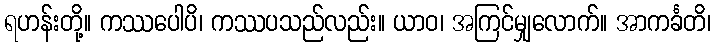
ရဟန်းတို့။ ကဿပေါပိ၊ ကဿပသည်လည်း။ ယာဝ၊ အကြင်မျှလောက်။ အာကင်္ခတိ၊